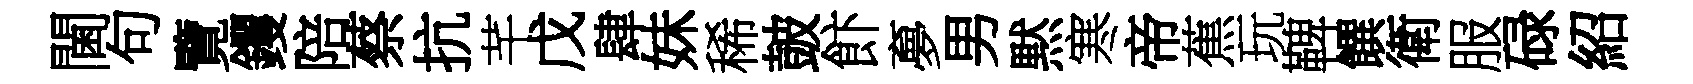
閫句覽钁陪蔡抗芊戊肆妹稀皷飰夣男黙寒帝蕉玩鞞饌衛服碌紹